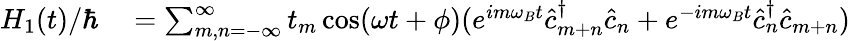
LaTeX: \begin{array}{rl}{H_{1}(t)/\hbar}&{{}=\sum_{m,n=-\infty}^{\infty}t_{m}\cos(\omega t+\phi)(e^{im\omega_{B}t}\hat{c}_{m+n}^{\dagger}\hat{c}_{n}+e^{-im\omega_{B}t}\hat{c}_{n}^{\dagger}\hat{c}_{m+n})}\end{array}